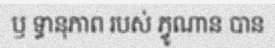
ឫ ទ្ធានុភាព របស់ ភ្វូណាន បាន